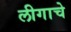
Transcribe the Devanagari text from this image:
लीगाचे